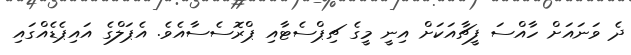
ދެ ވަނައަށް ހާއްސަ ފީޗާއަކަށް އިނީ މީގެ ޗިޕްސެޓާއި ޕްރޮސެސާއެވެ. އެޕަލްގެ އައިޕެޑެއްގައި